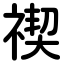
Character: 禊